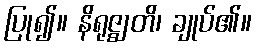
ပြု၍။ နိရုဇ္ဈတိ၊ ချုပ်၏။